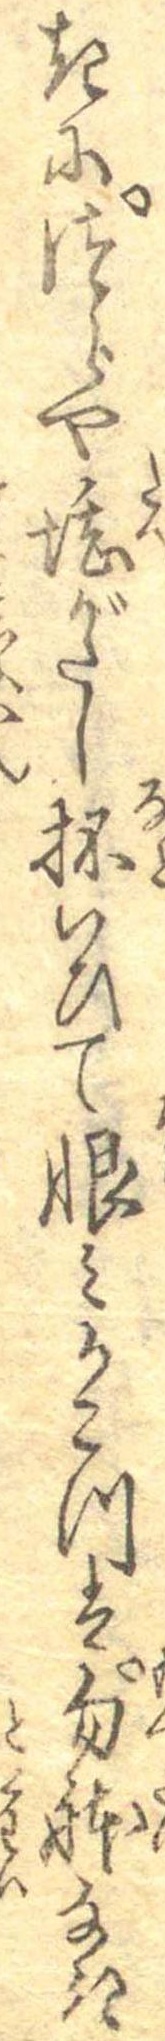
きにつらや堪がたし抔いひて恨みかこつは勿体なき